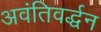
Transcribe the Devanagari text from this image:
अवंतिवर्द्धन